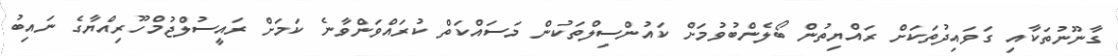
ގާނޫނުތަކާއި ގަވައިދުތަކަށް ރައްޔިތުން ބޯލެންބުވުމަށް ކައުންސިލްތަކުން މަސައްކަތް ކުރައްވަންވާނެ ކަމަށް ރައީސުލްޖުމްހޫރިއްޔާގެ ނައިބު